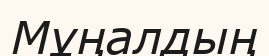
Мұңалдың